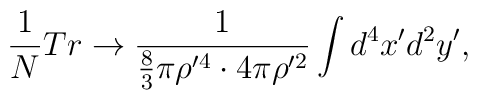
\frac{1}{N}Tr \rightarrow \frac{1}{\frac{8}{3}\pi\rho^{\prime 4}\cdot 4\pi \rho^{\prime 2}}\int d^{4}x^{\prime}d^{2}y^{\prime},